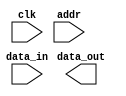
module QDR_SRAM (
  input wire clk,            // clock input
  input wire [7:0] addr,     // address input
  input wire [7:0] data_in,  // input data
  output wire [7:0] data_out // output data
);

// Address decoding logic
// Implement address decoding logic here

// Data input/output buffers
// Implement data input/output buffers here

// Clock signal synchronization circuits
// Implement clock signal synchronization circuits here

// Control signals for read and write operations
// Implement control signals for read and write operations here

// Pipelining techniques for improved performance
// Implement pipelining techniques here

// Separate read and write ports for efficient data transfer
// Implement separate read and write ports here

endmodule